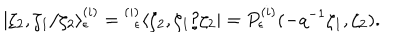
| \zeta _ { 2 } , \zeta _ { 1 } / \zeta _ { 2 } \rangle _ { \epsilon } ^ { ( i ) } = { } _ { \; \; \epsilon } ^ { ( i ) } \langle \zeta _ { 2 } , \zeta _ { 1 } / \zeta _ { 2 } | = P _ { \epsilon } ^ { ( i ) } ( - q ^ { - 1 } \zeta _ { 1 } , \zeta _ { 2 } ) .